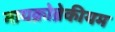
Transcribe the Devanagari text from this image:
मायक्रोब्रेकीयम